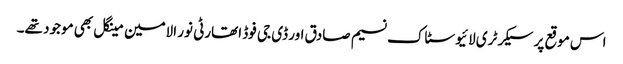
اس موقع پر سیکرٹری لائیو سٹاک نسیم صادق اور ڈی جی فوڈ اتھارٹی نور الامین مینگل بھی موجود تھے۔